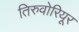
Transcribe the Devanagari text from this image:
तिरुवोरियूर